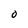
Character: O